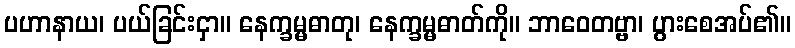
ပဟာနာယ၊ ပယ်ခြင်းငှာ။ နေက္ခမ္မဓာတု၊ နေက္ခမ္မဓာတ်ကို။ ဘာဝေတဗ္ဗာ၊ ပွားစေအပ်၏။